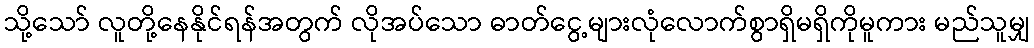
သို့သော် လူတို့နေနိုင်ရန်အတွက် လိုအပ်သော ဓာတ်ငွေ့များလုံလောက်စွာရှိမရှိကိုမူကား မည်သူမျှ